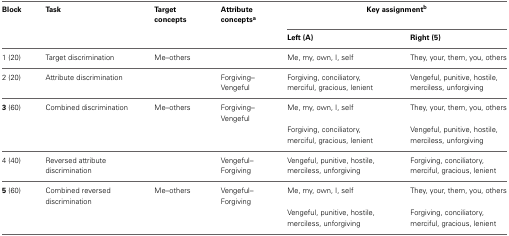
<table><thead><tr><td><b>Block</b></td><td><b>Task</b></td><td><b>Target concepts</b></td><td><b>Attribute concepts<sup>a</sup></b></td><td colspan="2"><b>Key assignment<sup>b</sup></b></td></tr><tr><td></td><td></td><td></td><td></td><td><b>Left (A)</b></td><td><b>Right (5)</b></td></tr></thead><tbody><tr><td>1 (20)</td><td>Target discrimination</td><td>Me–others</td><td></td><td>Me, my, own, I, self</td><td>They, your, them, you, others</td></tr><tr><td>2 (20)</td><td>Attribute discrimination</td><td></td><td>Forgiving–Vengeful</td><td>Forgiving, conciliatory, merciful, gracious, lenient</td><td>Vengeful, punitive, hostile, merciless, unforgiving</td></tr><tr><td><b>3</b> (60)</td><td>Combined discrimination</td><td>Me–others</td><td>Forgiving–Vengeful</td><td>Me, my, own, I, self</td><td>They, your, them, you, others</td></tr><tr><td></td><td></td><td></td><td></td><td>Forgiving, conciliatory, merciful, gracious, lenient</td><td>Vengeful, punitive, hostile, merciless, unforgiving</td></tr><tr><td>4 (40)</td><td>Reversed attribute discrimination</td><td></td><td>Vengeful–Forgiving</td><td>Vengeful, punitive, hostile, merciless, unforgiving</td><td>Forgiving, conciliatory, merciful, gracious, lenient</td></tr><tr><td><b>5</b> (60)</td><td>Combined reversed discrimination</td><td>Me–others</td><td>Vengeful–Forgiving</td><td>Me, my, own, I, self</td><td>They, your, them, you, others</td></tr><tr><td></td><td></td><td></td><td></td><td>Vengeful, punitive, hostile, merciless, unforgiving</td><td>Forgiving, conciliatory, merciful, gracious, lenient</td></tr></tbody></table>